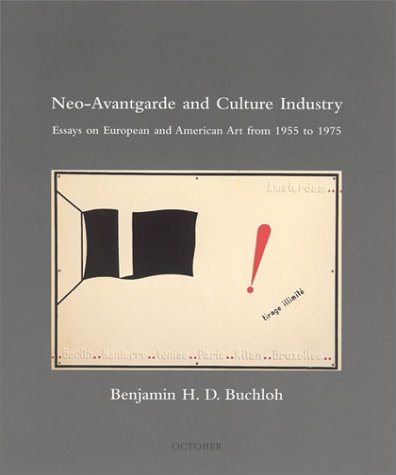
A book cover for Neo-Avantgarde and Culture Industry: Essays on European and American Art from 1955 to 1975 (October Books); Benjamin H. D. Buchloh; Politics & Social Sciences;